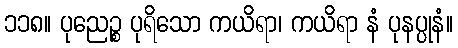
၁၁၈။ ပုညေဉ္စ ပုရိသော ကယိရာ၊ ကယိရာ နံ ပုနပ္ပုနံ။